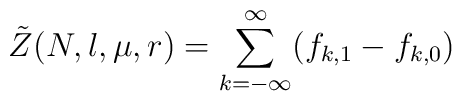
\tilde Z(N,l,\mu,r)=\sum_{k=-\infty}^\infty (f_{k,1}-f_{k,0})